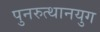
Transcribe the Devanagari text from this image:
पुनरुत्थानयुग